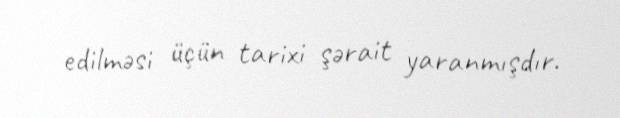
edilməsi üçün tarixi şərait yaranmışdır.